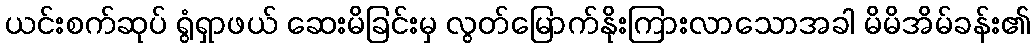
ယင်းစက်ဆုပ် ရွံရှာဖယ် ဆေးမိခြင်းမှ လွတ်မြောက်နိုးကြားလာသောအခါ မိမိအိမ်ခန်း၏